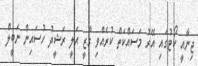
ޖިނާއީ ކޯޓުގައި އޭރު މަސައްކަތް ކުރެއްވި ގާޒީ އަލީ ރަޝީދު ހުސައިން ނަބީލް